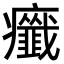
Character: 𤼋